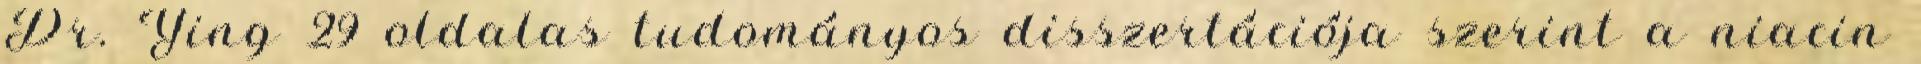
Dr. Ying 29 oldalas tudományos disszertációja szerint a niacin